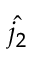
\hat { j _ { 2 } }